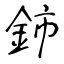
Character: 鈰